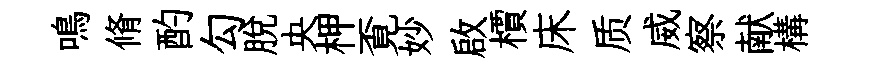
鳴脩酌勾脱央柙覔妙啟檟床质威察献構